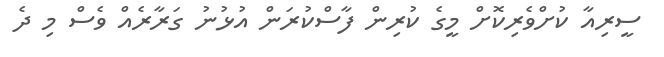
ސީރިއާ ކުށްވެރިކޮށް މީގެ ކުރިން ފާސްކުރަން އުޅުނު ގަރާރެއް ވެސް މި ދެ